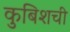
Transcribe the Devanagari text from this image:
कुबिशची